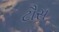
ટૌસ